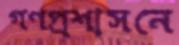
গণপ্রশাসনে